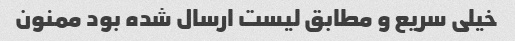
خیلی سریع و مطابق لیست ارسال شده بود ممنون